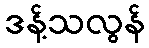
ဒန့်သလွန်